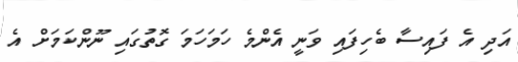
އަދި އެ ފައިސާ ބެހިފައި ވަނީ އެންމެ ހަމަހަމަ ގޮތުގައި ނޫންކަމަށް އެ